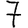
Digit: 7